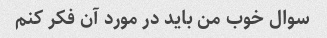
سوال خوب من باید در مورد آن فکر کنم